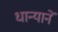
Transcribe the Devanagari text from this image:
धान्यानें